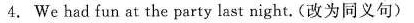
4. We had fun at the party last night.(改为同义句)